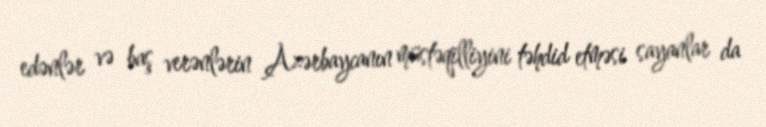
edənlər və baş verənlərin Azərbaycanın müstəqilliyini təhdid etməsi sayanlar da